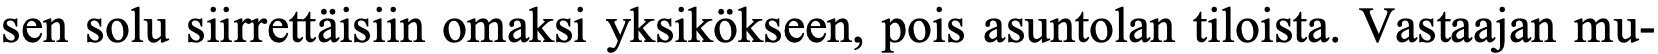
sen solu siirrettäisiin omaksi yksikökseen, pois asuntolan tiloista. Vastaajan mu-